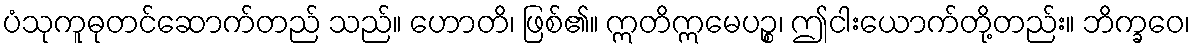
ပံသုကူဓုတင်ဆောက်တည် သည်။ ဟောတိ၊ ဖြစ်၏။ ဣတိဣမေပဉ္စ၊ ဤငါးယောက်တို့တည်း။ ဘိက္ခဝေ၊